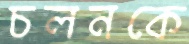
চলনকে